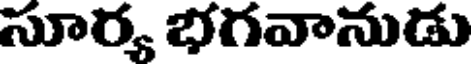
సూర్య భగవానుడు